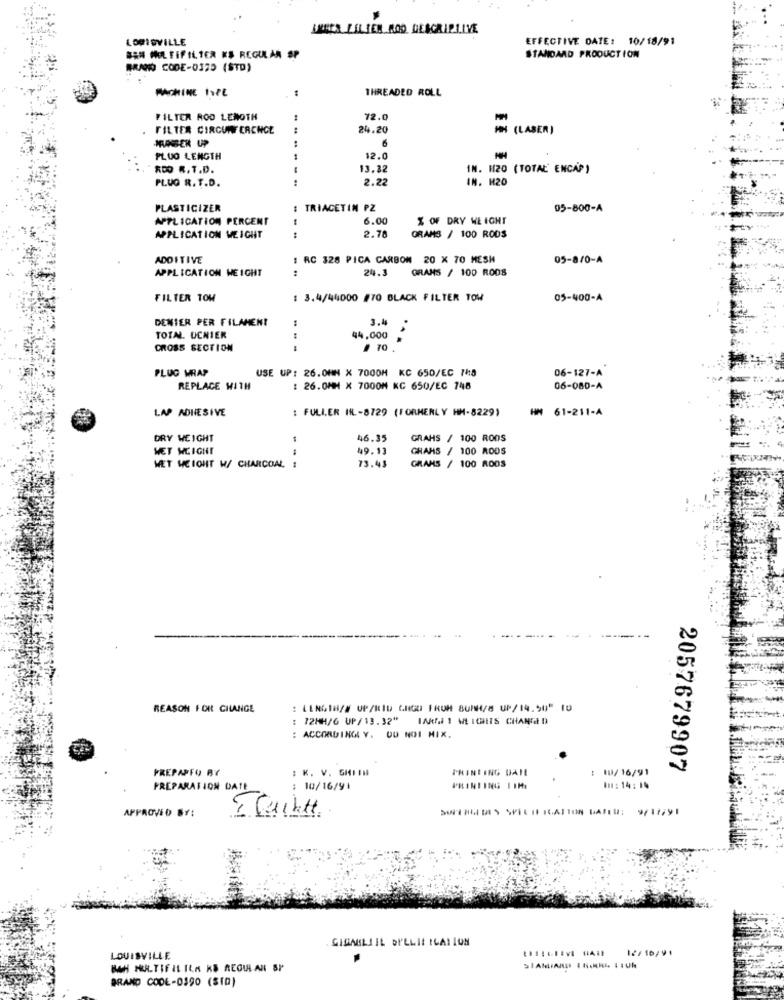
LOUISVILLE
EFFECTIVE DATE: 10/18/91
## MOLTIFILTER KS REGULAN SP
STANDARD PRODUCTION
BRAND CODE-0375 (STD)
THREADED ROLL
FILTER ROD LENOTH
72.0
FILTER CIRCUMFERENCE
24.20
H (LABER)
MARKER UP
6
FLUO LENGTH
12.0
RDD R.T.D.
13.32
IN. 120 (TOTAL ENCAP )
PLUG R. T.D.
------
2.22
IN. H20
PLASTICIZER
: TRIACETIN PZ
05-800-A
APPLICATION PERCENT
-
6.00
% OF DRY WEIGHT
APPLICATION WEIGHT
2.78
GRAMS / 100 RODS
ADDITIVE
1 RC 328 PICA CARBON 20 X 70 MESH
05-8/0-A
APPLICATION WEIGHT
24.3
GRANS / 100 RODS
FILTER TOW
: 3.4/44000 #70 BLACK FILTER TOW
05-400-A
DENIER PER FILAMENT
3.44
TOTAL. UCNIER
44,000
CROSS SECTION
PLUG WRAP
USE UP: 26.0HN X 7000H KC 650/EC 748
06-127-A
REPLACE WITH
: 26.0MM X 7000M KC 650/EC 748
06-080-A
LAP ADHESIVE
: FULLER HIL-8729 (FORMERLY HH-8229)
HM 61-211-A
DRY WEIGHT
46.35
GRAHS / 100 ROOS
WET WEIGHT
49.13
GRAMS / 100 RODS
WET WEIGHT W/ CHARCOAL !
73.43
GRANS / 100 RODS
REASON FOR CHANGE
: LENGTH/# UP/KLID GNGO FROM 8UMH/8 UP/14.50" 10
: 72HH/6 UP/13.32"
IN 1 WEIGHTS CHANGED
: ACCORDINGLY. OU NOI MIX.
FREPAPFO BY
: K. V. GHTTH
PRINTING DAHL
: 18/16/91
2057679907
PREPARATION DATE
: 10/16/91
PRINTING ISME
In: 14:14
APPROVED BY:
SUPERLIBRES SPECIFICATION DATE: 9/17/91
I Cuilett
GIGAULAIL OI'LLIL ICATION
12/10/11
LOUISVILLE
BAH MULTIFIL ILA KS REGULAN BP
BRAND CODE-0390 (510)